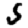
Digit: 5